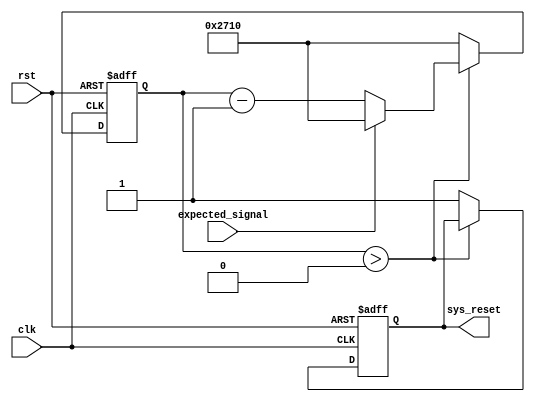
module watchdog_timer (
    input wire clk,             // Clock signal
    input wire rst,             // Reset signal
    input wire expected_signal, // Expected signal from the system
    output reg sys_reset        // System reset signal
);

parameter COUNT_VALUE = 10000; // Preset value for the watchdog timer

reg [15:0] counter; // 16-bit counter for watchdog timer

always @(posedge clk or posedge rst) begin
    if (rst) begin
        counter <= COUNT_VALUE;
        sys_reset <= 0;
    end else begin
        if (counter > 0) begin
            counter <= counter - 1;
            if (expected_signal) begin
                counter <= COUNT_VALUE;
            end
        end else begin
            sys_reset <= 1;
            counter <= COUNT_VALUE;
        end
    end
end

endmodule